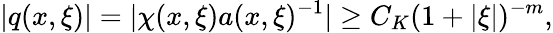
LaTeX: |q(x,\xi)|=|\chi(x,\xi)a(x,\xi)^{-1}|\geq C_{K}(1+|\xi|)^{-m},